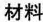
材料